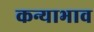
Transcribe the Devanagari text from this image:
कन्याभाव